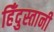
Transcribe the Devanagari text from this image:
हिँदुस्तानी